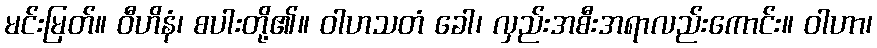
မင်းမြတ်။ ဝီဟိနံ၊ စပါးတို့၏။ ဝါဟသတံ ခေါ၊ လှည်းအစီးအရာလည်းကောင်း။ ဝါဟာ၊